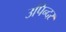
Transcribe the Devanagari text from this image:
उपिन्दर